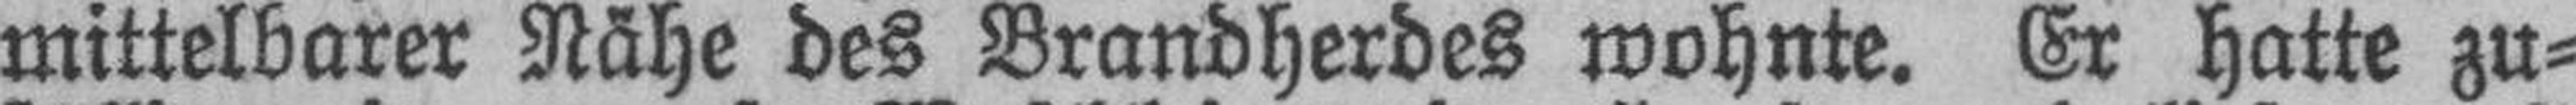
mittelbarer Nähe des Brandherdes wohnte. Er hatte zu¬